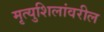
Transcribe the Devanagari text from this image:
मृत्युशिलांवरील